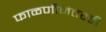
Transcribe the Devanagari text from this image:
फाळणीनंतरही